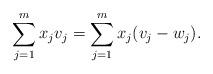
LaTeX: \begin{align*}\sum_{j=1}^m x_jv_j = \sum_{j=1}^m x_j(v_j-w_j).\end{align*}